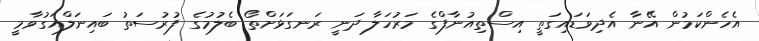
އެހެންކަމުން އޭނާ އެދިވަޑައިގަތީ އިސްތިއުނާފްގެ މަރުހަލާ ދަނީ ރަނގަޅަށްތޯ ބެލުމުގެ ފުރުސަތު ބައިނަލްއަގުވާމީ